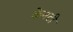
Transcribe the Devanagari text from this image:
केनटी